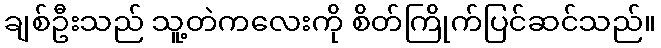
ချစ်ဦးသည် သူ့တဲကလေးကို စိတ်ကြိုက်ပြင်ဆင်သည်။